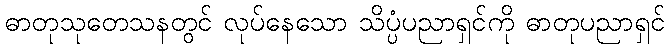
ဓာတုသုတေသနတွင် လုပ်နေသော သိပ္ပံပညာရှင်ကို ဓာတုပညာရှင်